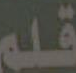
قلم